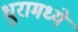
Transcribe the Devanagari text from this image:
धुरामध्ये